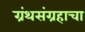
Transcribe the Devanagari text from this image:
ग्रंथसंग्रहाचा